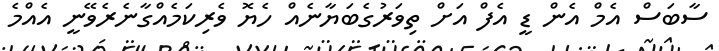
ސާބަސް އެމް އެން ޑީ އެފް އަށް ތިވަރުގެބަޔާނެއް ހެޔޮ ވެރިކަމެއްގާނެރެވޭނީ އެއްމެ